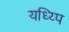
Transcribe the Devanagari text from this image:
यध्य्पि